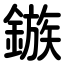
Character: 鏃